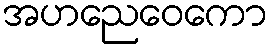
အဟညေဝေကော